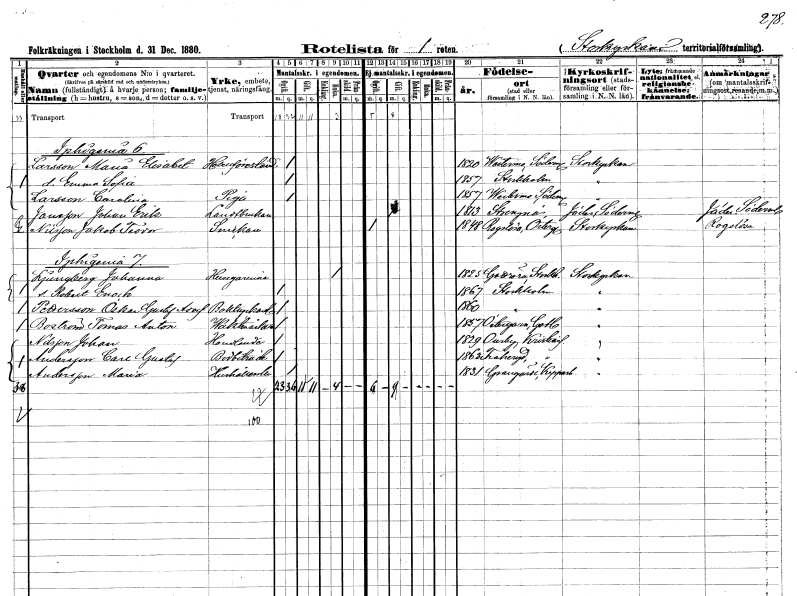
gt_parse: households: individuals: FN: Maria Elisabet
EN: Larsson
YRKE: Hotellföreståndarinna
KON: K
CIV: O
FODAR: 1820
FODFORS: Västermo Södermanlands län
FN: Emma Sofia
KON: K
CIV: O
FODAR: 1857
FODFORS: Stockholm
FN: Carolina
EN: Larsson
YRKE: Piga
KON: K
CIV: O
FODAR: 1857
FODFORS: Västermo Södermanlands län
FN: Johan Erik
EN: Jansson
YRKE: Lantbrukare
KON: M
CIV: G
FODAR: 1813
FODFORS: Strängnäs Södermanlands län
FN: Jakob Teodor
EN: Nilsson
YRKE: Snickare
KON: M
CIV: O
FODAR: 1848
FODFORS: Rogslösa Östergötlands län
FN: Johanna
EN: Ljungberg
YRKE: Husägarinna
KON: K
CIV: E
FODAR: 1825
FODFORS: Gottröra Stockholms län
FN: Robert Enoch
KON: M
CIV: O
FODAR: 1867
FODFORS: Stockholm
FN: Oskar Gustaf Adolf
EN: Pettersson
YRKE: Boktryckeriarbetare
KON: M
CIV: O
FODAR: 1860
FODFORS: Stockholm
FN: Tomas Anton
EN: Boström
YRKE: Vaktmästare
KON: M
CIV: O
FODAR: 1857
FODFORS: Östergarn Gotlands län
FN: Johan
EN: Nilsson
YRKE: Handlande
KON: M
CIV: O
FODAR: 1829
FODFORS: Osby Kristianstads län
FN: Carl Gustaf
EN: Andersson
YRKE: Bodbiträde
KON: M
CIV: O
FODAR: 1863
FODFORS: Traheryd Kronobergs län
FN: Maria
EN: Andersson
YRKE: Hushållerska
KON: K
CIV: O
FODAR: 1831
FODFORS: Grangärde Kopparbergs län